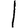
Digit: 1